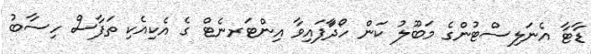
ޑާޓާ އެނަލިސްޓުންގެ މަަބޫލު ކަން ހޯދަާފައިވާ އިންޓަރނެޓް ގެ އެކިއެކި ތަފާސް ހިސާބު